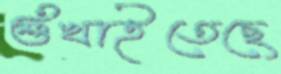
শুঁখাইতেছে